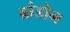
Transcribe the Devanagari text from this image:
ब्रांडोन